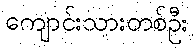
ကျောင်းသားတစ်ဦး